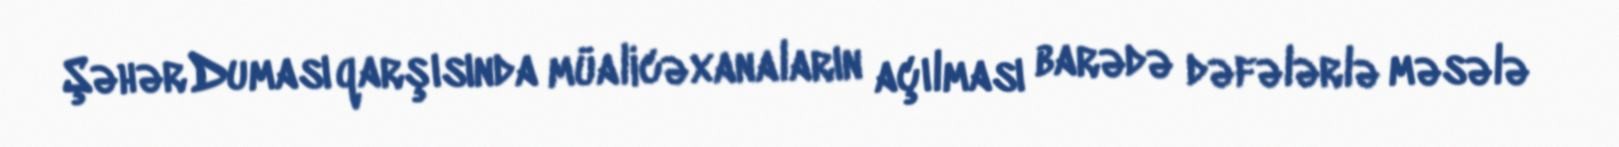
Şəhər Duması qarşısında müalicəxanaların açılması barədə dəfələrlə məsələ